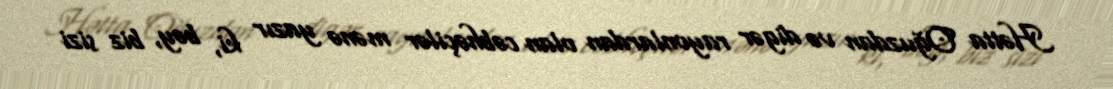
Hətta Oğuzdan və digər rayonlardan olan cəbhəçilər mənə yazır ki, bəy, biz sizi